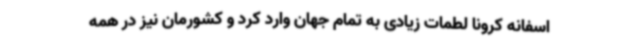
اسفانه کرونا لطمات زیادی به تمام جهان وارد کرد و کشورمان نیز در همه